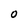
Character: O